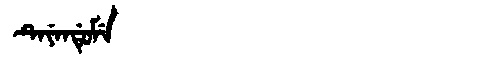
Manchu: ᡨᡝᠶᡝᠨᡩᡠᠮᡝ
Romanization: TEYENDUME